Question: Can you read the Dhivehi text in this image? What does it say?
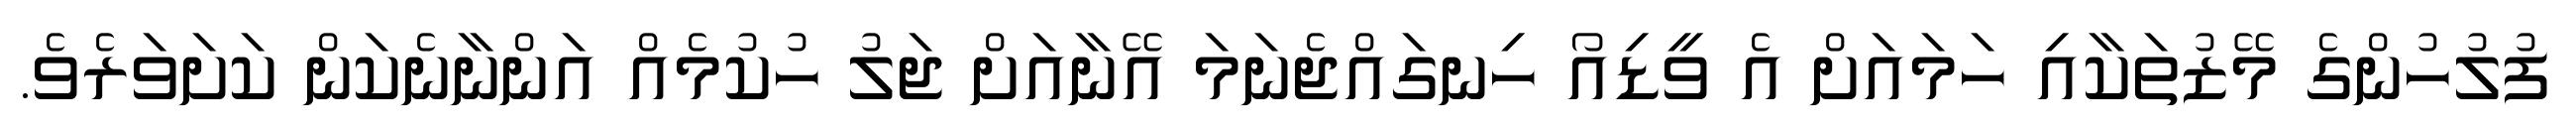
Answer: ފުލުހުންގެ މޭޒުތަކާއި ހަމައަށް އެ ވީޑިއޯ ހިނގައްޖެނަމަ އޭނާއަށް ޖަލު ހުކުމެއް އަންނާނެކަން ކަށަވަރެވެ.